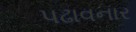
પઢાવનાર